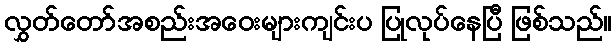
လွှတ်တော်အစည်းအဝေးများကျင်းပ ပြုလုပ်နေပြီ ဖြစ်သည်။